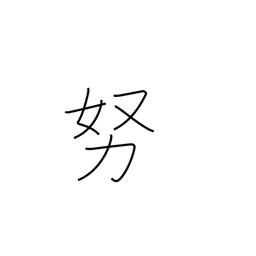
Meaning: as much as possible